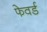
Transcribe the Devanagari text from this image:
फेवर्ड